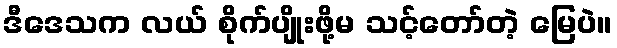
ဒီဒေသက လယ် စိုက်ပျိုးဖို့မ သင့်တော်တဲ့ မြေပဲ။